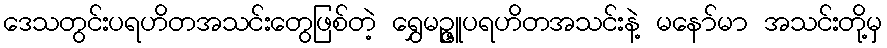
ဒေသတွင်းပရဟိတအသင်းတွေဖြစ်တဲ့ ရွှေမဥ္ဇူပရဟိတအသင်းနဲ့ မနော်မာ အသင်းတို့မှ